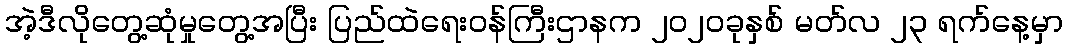
အဲ့ဒီလိုတွေ့ဆုံမှုတွေ့အပြီး ပြည်ထဲရေးဝန်ကြီးဌာနက ၂၀၂၀ခုနှစ် မတ်လ ၂၃ ရက်နေ့မှာ